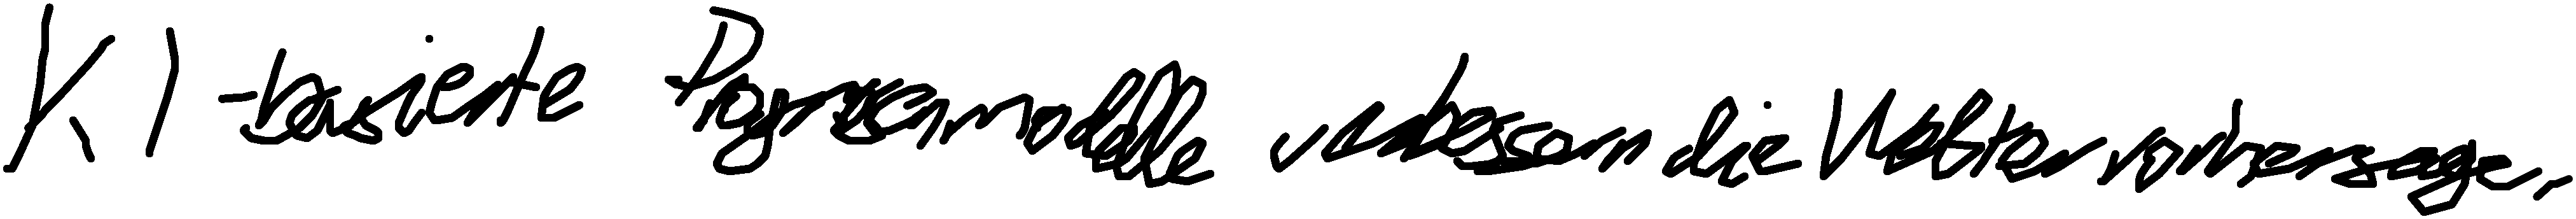
KI-basierte Prognosemodelle verbessern die Wettervorhersage.